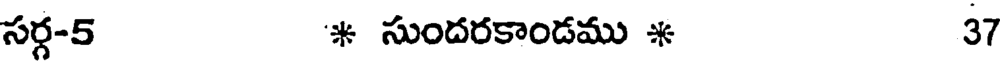
సర్గ-5 * సుందరకాందము * 37